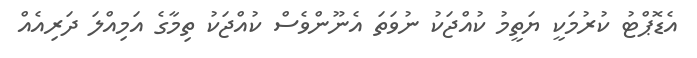
އެޑޮޕްޓު ކުރުމަކީ ޔަތީމު ކުއްޖަކު ނުވަތަ އެނޫންވެސް ކުއްޖަކު ތިމާގެ އަމިއްލަ ދަރިއެއް